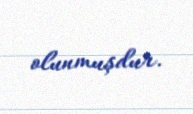
olunmuşdur.